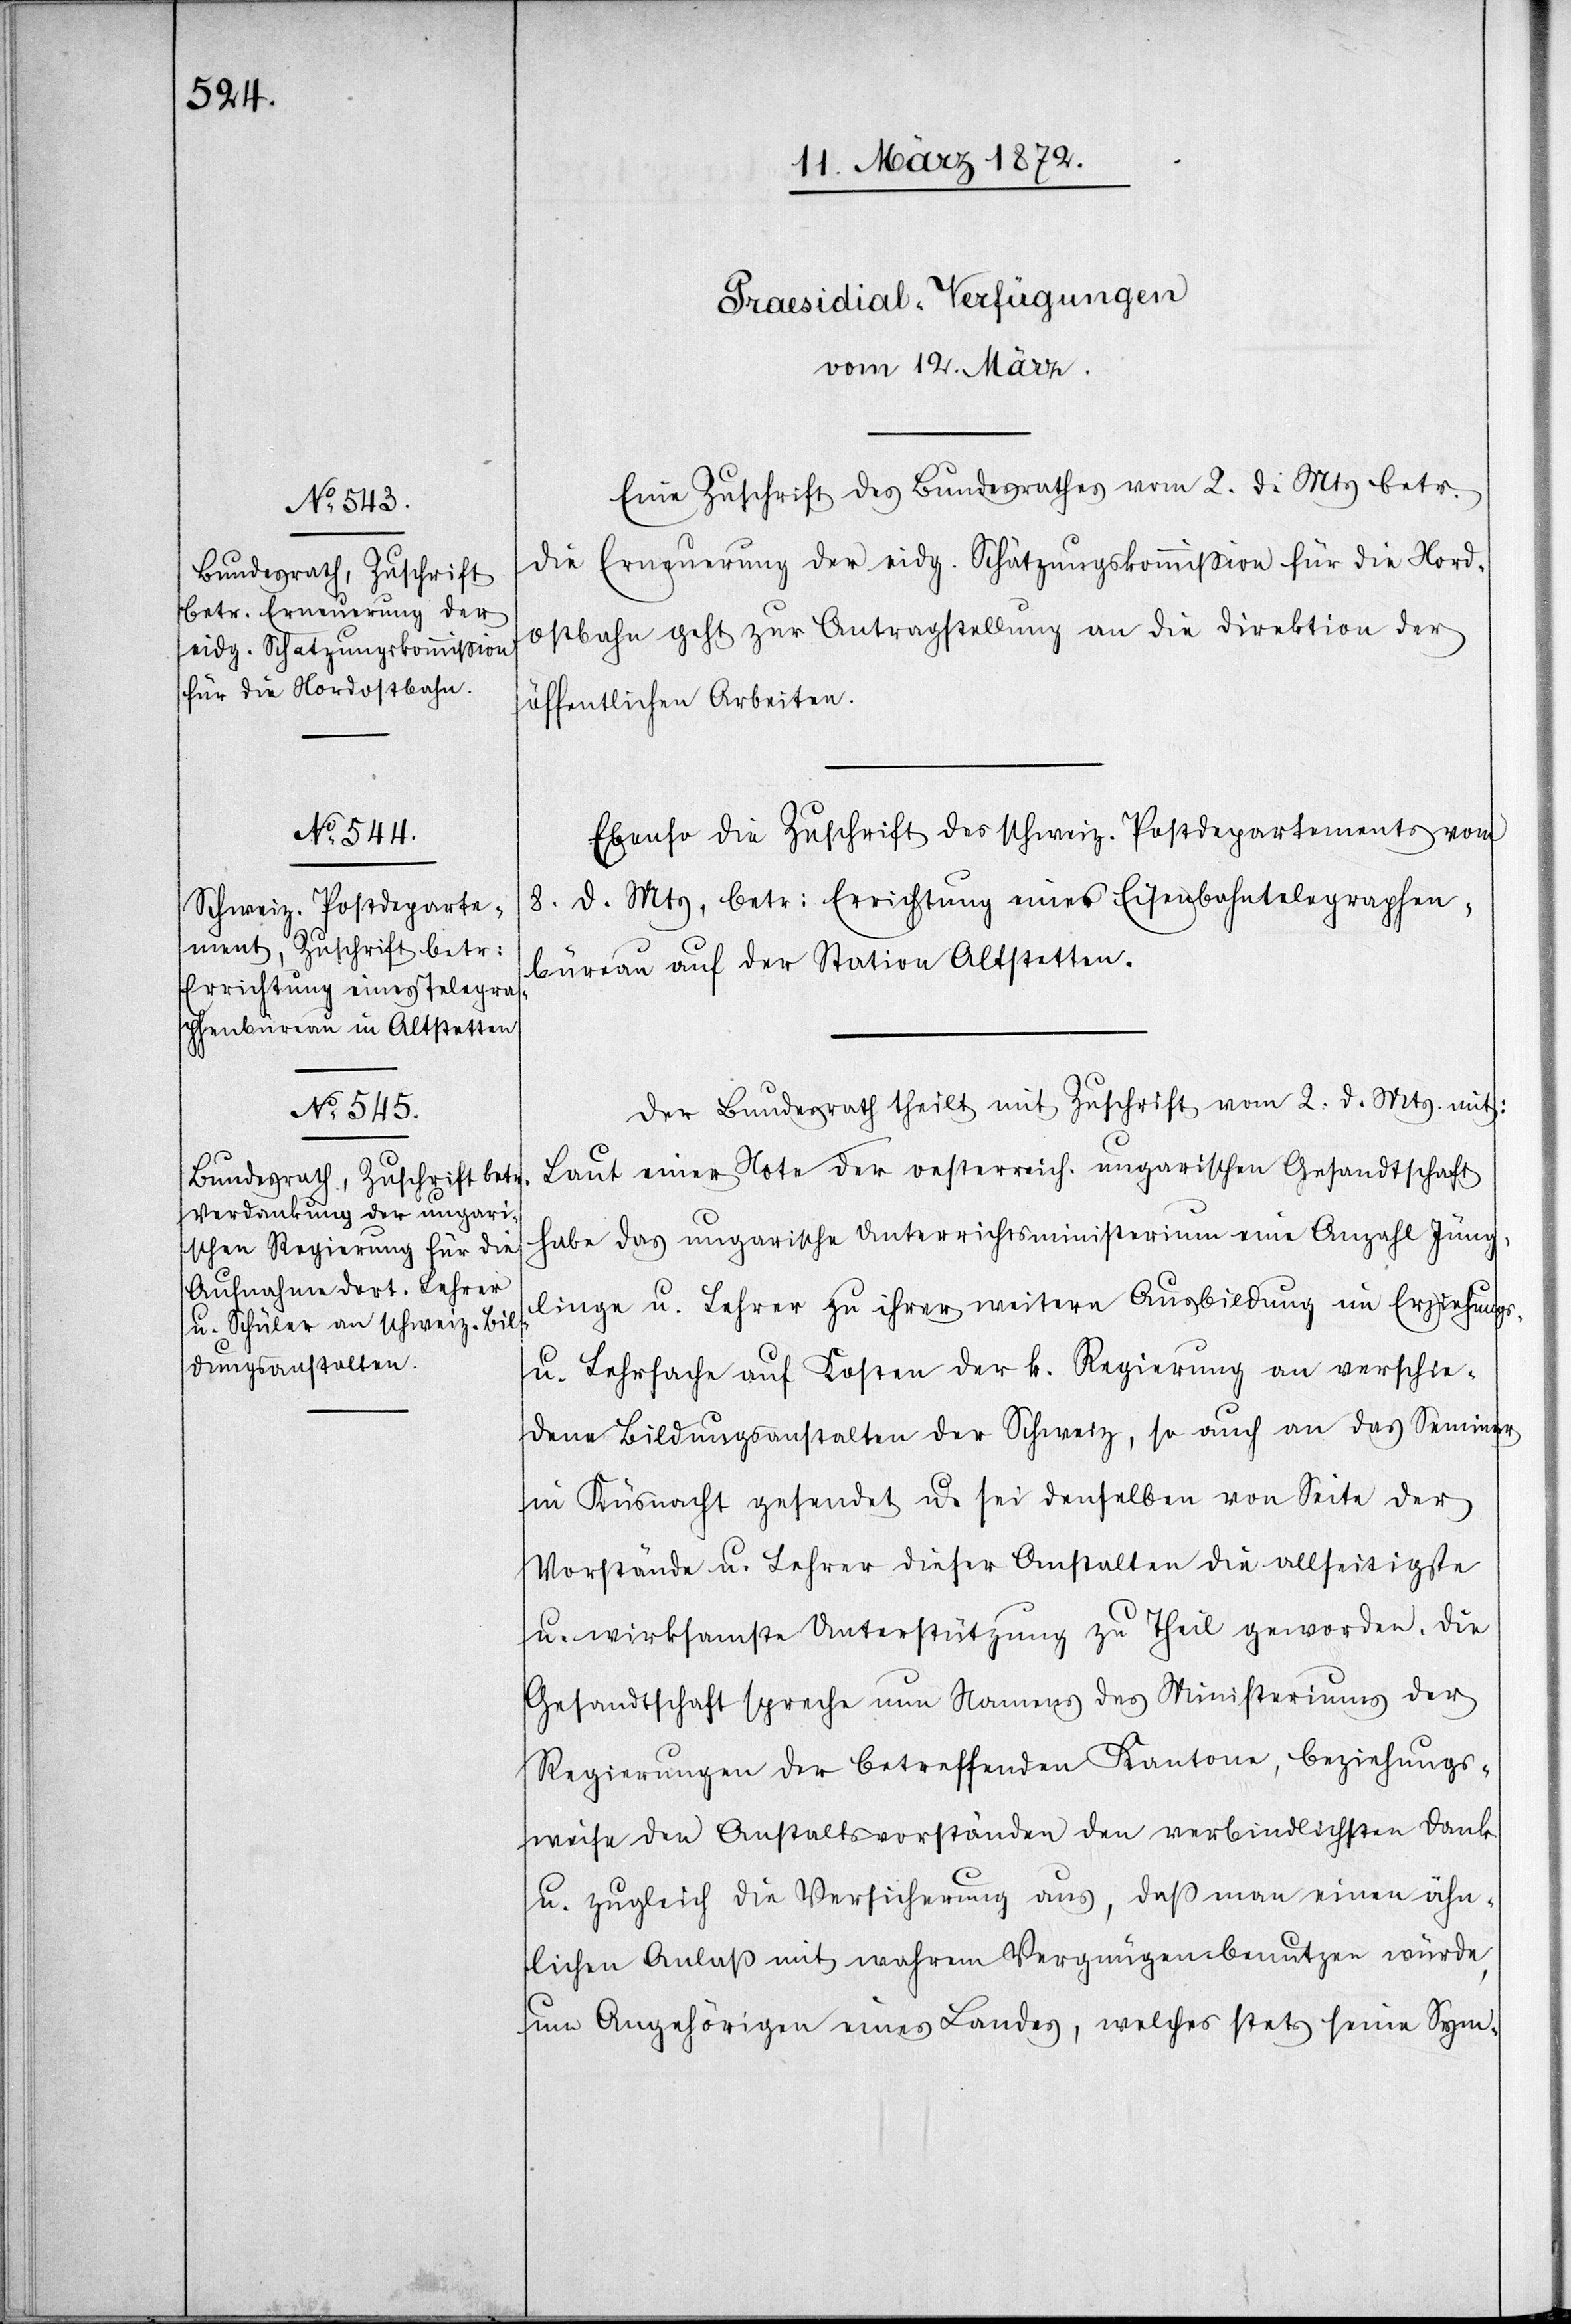
verschie¬

[Praesidial-Verfügungen
vom 12. März.]
Eine Zuschrift des Bundesrathes vom 2. d. Mts betr.
die Erneuerung der eidg. Schätzungskommission für die Nord¬
ostbahn geht zur Antragstellung an die Direktion der
öffentlichen Arbeiten.
Ebenso die Zuschrift des schweiz. Postdepartements vom
8. d. Mts, betr: Errichtung eines Eisenbahntelegraphen¬
büreau auf der Station Altstetten.
Der Bundesrath theilt mit Zuschrift vom 2. d. Mts. mit:
Laut einer Note der oesterreich. ungarischen Gesandtschaft
habe das ungarische Unterrichtsministerium eine Anzahl Jüng¬
linge u. Lehrer zu ihrer weitern Ausbildung im Erziehungs-
dene Bildungsanstalten der Schweiz, so auch an das Seminar
in Küsnacht gesendet u. sei denselben von Seite der
Vorstände u. Lehrer dieser Anstalten die allseitigste
u. wirksamste Unterstützung zu Theil geworden. Die
Gesandtschaft spreche nun Namens des Ministeriums der
Regierungen der betreffenden Kantone, beziehungs¬
weise den Anstaltsvorständen aus, daß man einen ähn¬
lichen Anlaß mit wahrem Vergnügen benutzen würde,
um Angehörigen eines Landes, welches stets seine Sym-